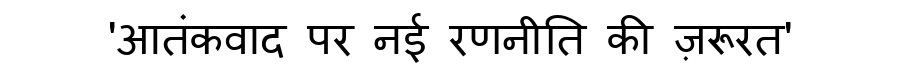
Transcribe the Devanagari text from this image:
'आतंकवाद पर नई रणनीति की ज़रूरत'